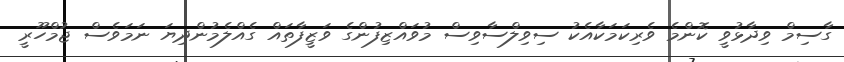
ގާސިމް ވިދާޅުވީ ކޮންމެ ވެރިކަމަކާއެކު ސިވިލްސާވިސް މުވައްޒިފުންގެ ވަޒީފާތައް ގެއްލެމުންދިޔަ ނަމަވެސް ޖުމްހޫރީ